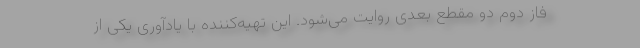
فاز دوم دو مقطع بعدی روایت می‌شود. این تهیه‌کننده با یادآوری یکی از